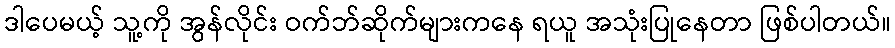
ဒါပေမယ့် သူ့ကို အွန်လိုင်း ဝက်ဘ်ဆိုက်များကနေ ရယူ အသုံးပြုနေတာ ဖြစ်ပါတယ်။